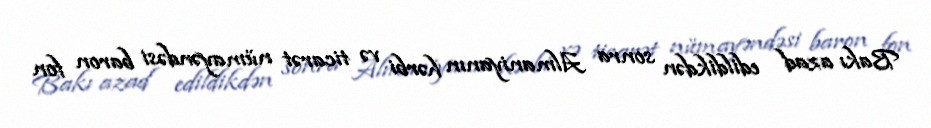
Bakı azad edildikdən sonra Almaniyanın hərbi və ticarət nümayəndəsi baron fon